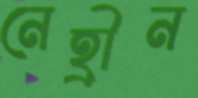
নেহ্রীন